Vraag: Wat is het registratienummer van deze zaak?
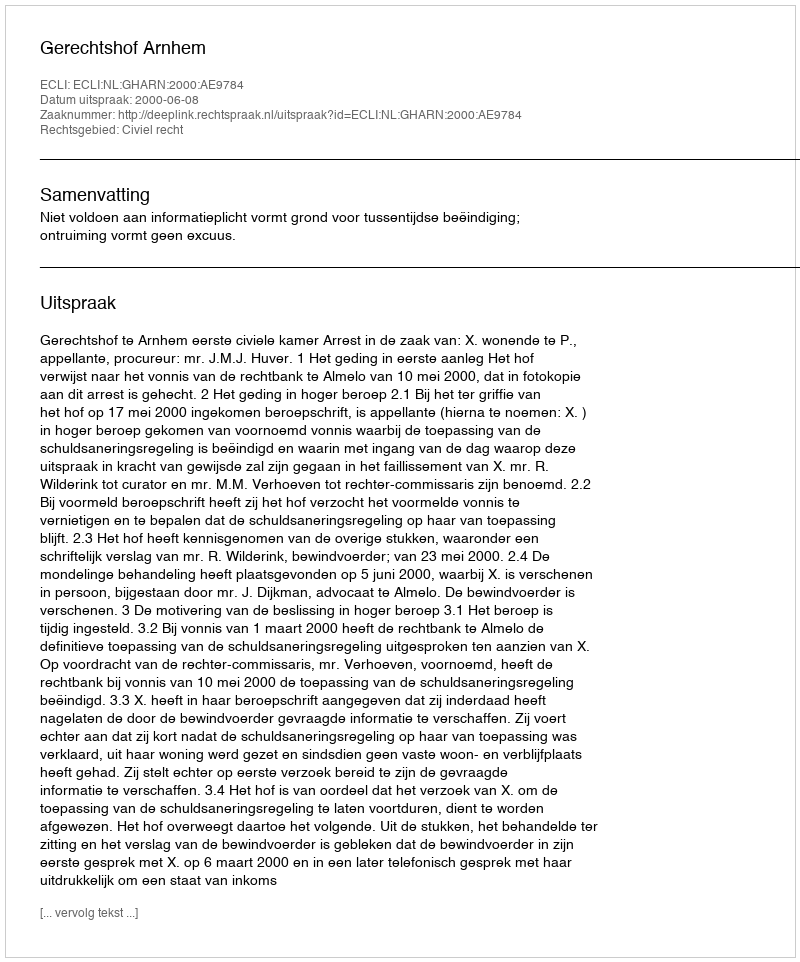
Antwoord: http://deeplink.rechtspraak.nl/uitspraak?id=ECLI:NL:GHARN:2000:AE9784